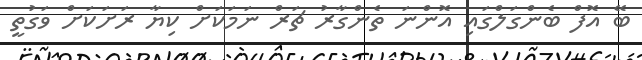
ބޭ އޮފް ބެންގަލްގައި އޮންނަ ތެންގާރު ޗަރް ނަމަކަށް ކިޔާ ރަށަކަށް ވަގުތީ